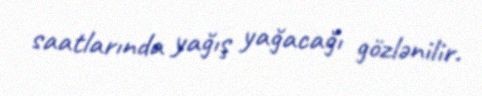
saatlarında yağış yağacağı gözlənilir.